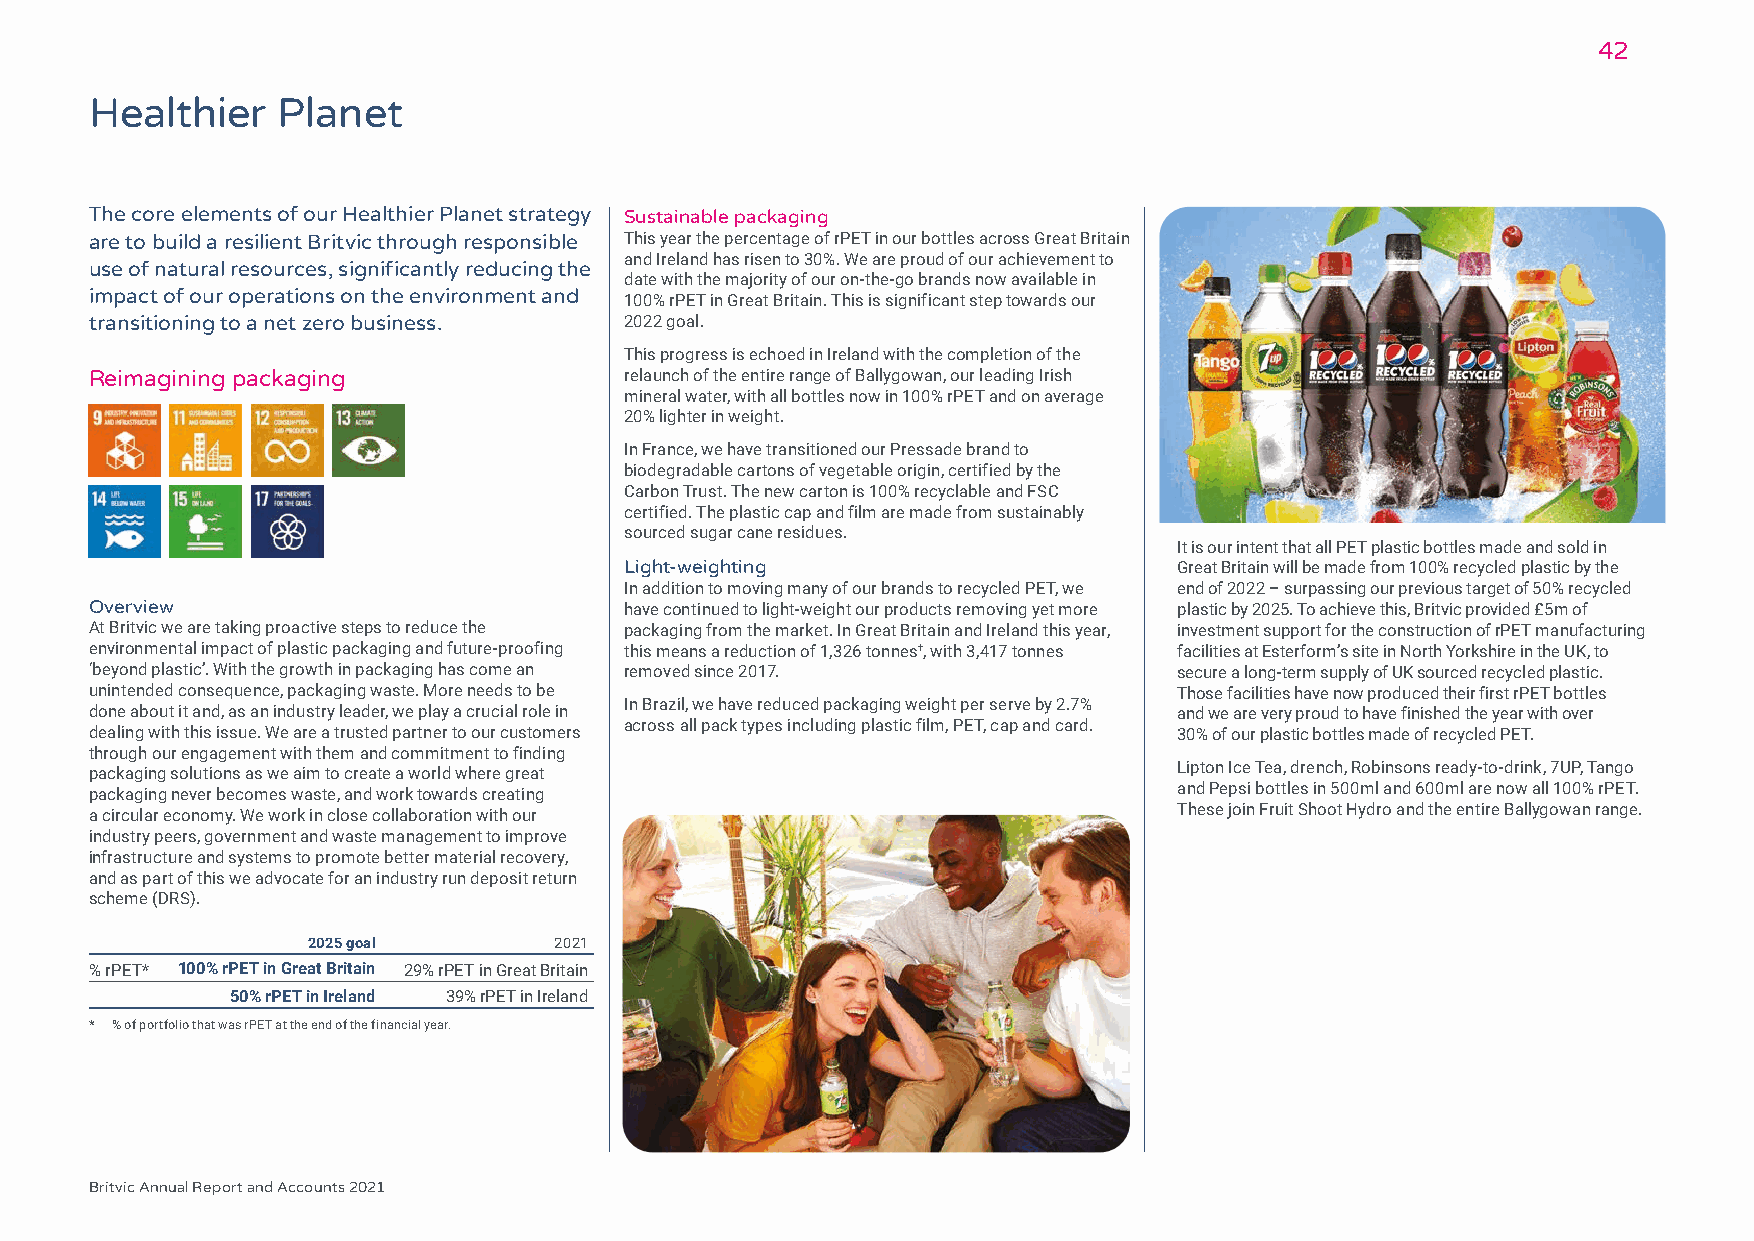
42
 Healthier   Planet
 The core elements of our Healthier Planet strategy Sustainable packaging
 are to build a resilient Britvic through responsible This year the percentage of rPET in our bottles across Great Britain
 and Ireland has risen to 30%. We are proud of our achievement to
 use of natural resources, significantly reducing the
 date with the majority of our on-the-go brands now available in
 impact of our operations on the environment and
 100% rPET in Great Britain. This is significant step towards our
 transitioning to a net zero business. 2022 goal.
 This progress is echoed in Ireland with the completion of the
 Reimagining packaging              relaunch of the entire range of Ballygowan, our leading Irish
 mineral water, with all bottles now in 100% rPET and on average
 20% lighter in weight.
 In France, we have transitioned our Pressade brand to
 biodegradable cartons of vegetable origin, certified by the
 Carbon Trust. The new carton is 100% recyclable and FSC
 certified. The plastic cap and film are made from sustainably
 sourced sugar cane residues.
 It is our intent that all PET plastic bottles made and sold in
 Light-weighting                      Great Britain will be made from 100% recycled plastic by the
 In addition to moving many of our brands to recycled PET, we end of 2022 – surpassing our previous target of 50% recycled
 Overview                           have continued to light-weight our products removing yet more plastic by 2025. To achieve this, Britvic provided £5m of
 At Britvic we are taking proactive steps to reduce the packaging from the market. In Great Britain and Ireland this year, investment support for the construction of rPET manufacturing
 environmental impact of plastic packaging and future-proofing this means a reduction of 1,326 tonnes†, with 3,417 tonnes facilities at Esterform’s site in North Yorkshire in the UK, to
 ‘beyond plastic’. With the growth in packaging has come an removed since 2017. secure a long-term supply of UK sourced recycled plastic.
 unintended consequence, packaging waste. More needs to be               Those facilities have now produced their first rPET bottles
 In Brazil, we have reduced packaging weight per serve by 2.7%
 done about it and, as an industry leader, we play a crucial role in     and we are very proud to have finished the year with over
 across all pack types including plastic film, PET, cap and card.
 dealing with this issue. We are a trusted partner to our customers      30% of our plastic bottles made of recycled PET.
 through our engagement with them and commitment to finding
 Lipton Ice Tea, drench, Robinsons ready-to-drink, 7UP, Tango
 packaging solutions as we aim to create a world where great
 and Pepsi bottles in 500ml and 600ml are now all 100% rPET.
 packaging never becomes waste, and work towards creating
 These join Fruit Shoot Hydro and the entire Ballygowan range.
 a circular economy. We work in close collaboration with our
 industry peers, government and waste management to improve
 infrastructure and systems to promote better material recovery,
 and as part of this we advocate for an industry run deposit return
 scheme (DRS).
 2025 goal        2021
 % rPET* 100% rPET in Great Britain 29% rPET in Great Britain
 50% rPET in Ireland 39% rPET in Ireland
 * % of portfolio that was rPET at the end of the financial year.
 Britvic Annual Report and Accounts 2021